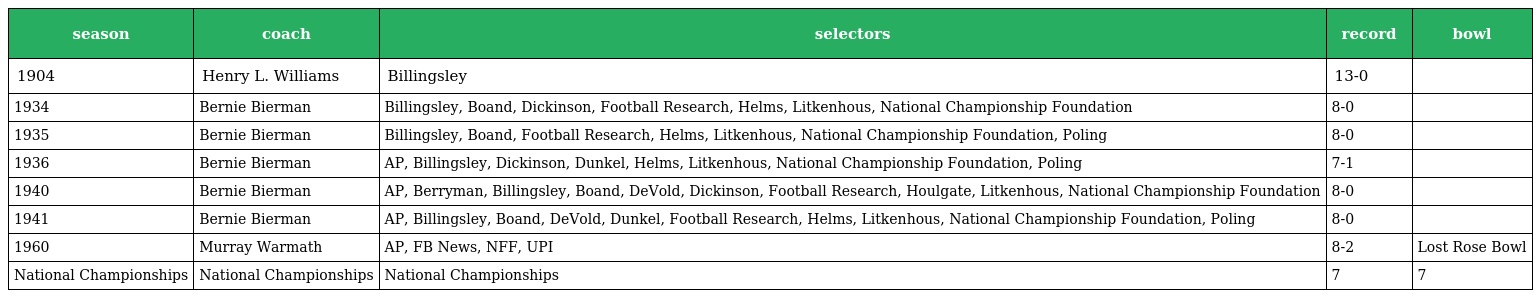
| season | coach | selectors | record | bowl |
 | --- | --- | --- | --- | --- |
 | 1904 | Henry L. Williams | Billingsley | 13-0 |  |
 | 1934 | Bernie Bierman | Billingsley, Boand, Dickinson, Football Research, Helms, Litkenhous, National Championship Foundation | 8-0 |  |
 | 1935 | Bernie Bierman | Billingsley, Boand, Football Research, Helms, Litkenhous, National Championship Foundation, Poling | 8-0 |  |
 | 1936 | Bernie Bierman | AP, Billingsley, Dickinson, Dunkel, Helms, Litkenhous, National Championship Foundation, Poling | 7-1 |  |
 | 1940 | Bernie Bierman | AP, Berryman, Billingsley, Boand, DeVold, Dickinson, Football Research, Houlgate, Litkenhous, National Championship Foundation | 8-0 |  |
 | 1941 | Bernie Bierman | AP, Billingsley, Boand, DeVold, Dunkel, Football Research, Helms, Litkenhous, National Championship Foundation, Poling | 8-0 |  |
 | 1960 | Murray Warmath | AP, FB News, NFF, UPI | 8-2 | Lost Rose Bowl |
 | National Championships | National Championships | National Championships | 7 | 7 |